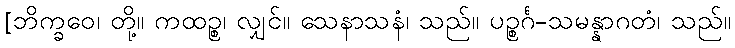
[ဘိက္ခဝေ၊ တို့။ ကထဉ္စ၊ လျှင်။ သေနာသနံ၊ သည်။ ပဉ္စင်္ဂ-သမန္နာဂတံ၊ သည်။